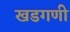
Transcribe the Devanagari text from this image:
खडगणी